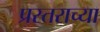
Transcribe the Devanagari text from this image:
प्रस्तराच्या